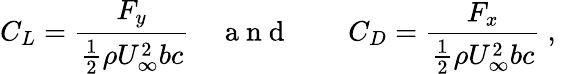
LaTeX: C_{L}=\frac{F_{y}}{\frac{1}{2}\rho U_{\infty}^{2}bc}\quad\mathrm{~a~n~d~}\quad\quad C_{D}=\frac{F_{x}}{\frac{1}{2}\rho U_{\infty}^{2}bc}\mathrm{~,~}